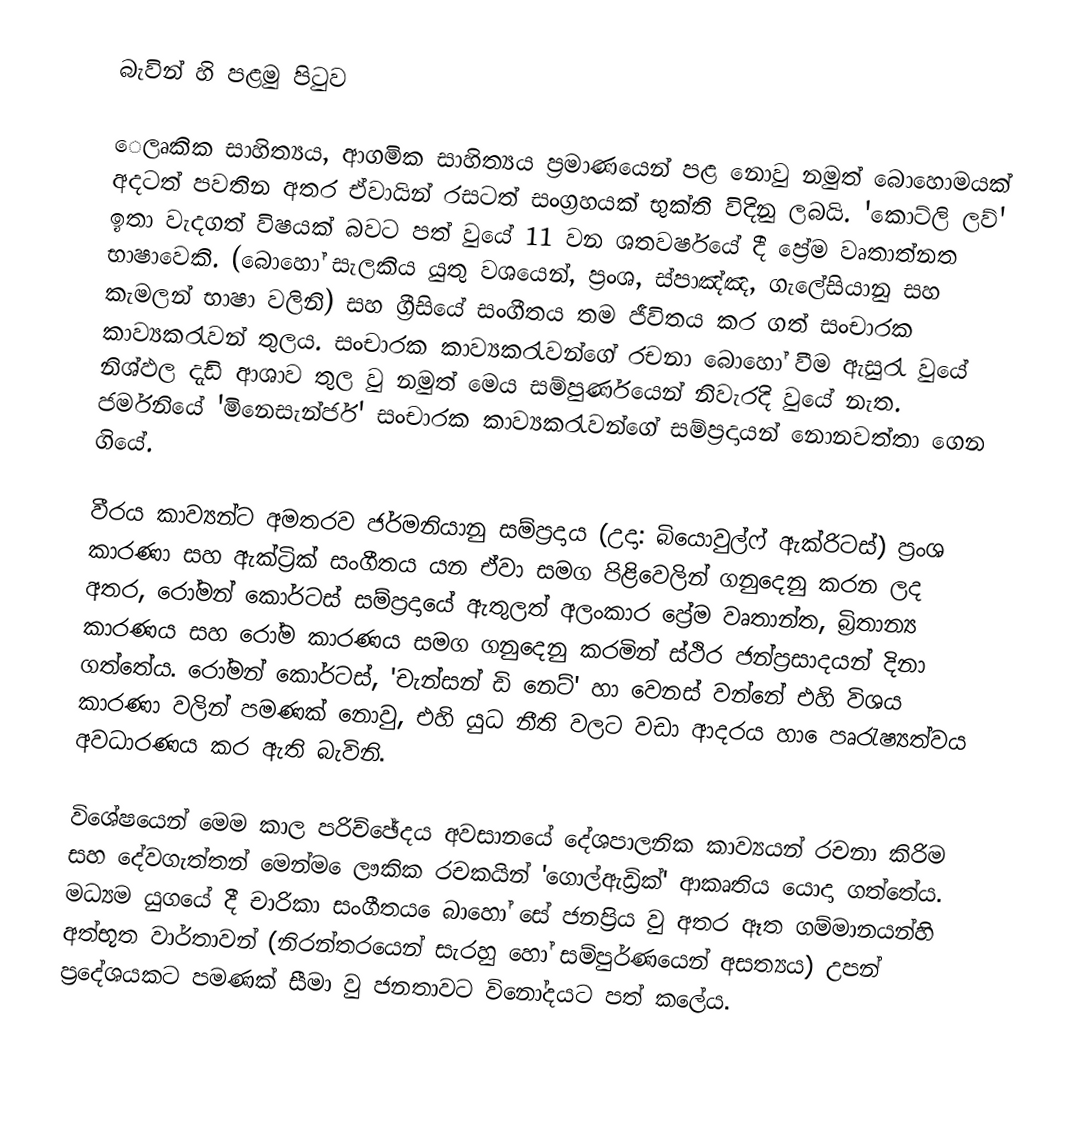
බැවින් හි පළමු පිටුව

‍ෙලෘකික සාහිත්‍යය, ආගමික සාහිත්‍යය ප්‍රමාණයෙන් පළ නොවු නමුත් බොහොමයක් අදටත් පවතින අතර ඒවායින් රසටත් සංග්‍රහයක් භුක්ති විදිනු ලබයි. 'කොට්ලි ලව්' ඉතා වැදගත් විෂයක් බවට පත් වුයේ 11 වන ශතවර්ෂයේ දී ප්‍රේම වෘතාත්නත භා‍ෂාවෙකි. (බොහෝ සැලකිය යුතු වශයෙන්, ප්‍රංශ, ස්පාඤ්ඤ, ගැලේසියානු සහ කැමලන් භාෂා වලිනි) සහ ග්‍රීසියේ සංගීතය තම ජීවිතය කර ගත් සංචාරක කාව්‍යකරැවන් තුලය. සංචාරක කාව්‍යකරැවන්ගේ රචනා බොහෝ වීම ඇසුරැ වුයේ නිශ්ඵල දැඩි ආශාව තුල වු නමුත් මෙය සම්පුර්ණයෙන් නිවැරදි වුයේ නැත. ජර්මනියේ 'මිනෙසැන්ජර්' සංචාරක කාව්‍යකරැවන්ගේ සම්ප්‍රදායන් නොනවත්තා‍ ගෙන ගියේ.

	වීරය කාව්‍යන්ට අමතරව ජර්මනියානු සම්ප්‍රදාය (උදා: බියොවුල්ෆ් ඇක්රිටස්) ප්‍රංශ කාරණා සහ ඇක්ට්‍රික් සංගීතය යන ඒවා සමග පිළිවෙලින් ගනුදෙනු කරන ලද අතර, රෝමන් කොර්ටස් සම්ප්‍රදායේ ඇතුලත් අලංකාර ප්‍රේම වෘතාන්ත, බ්‍රිතාන්‍ය කාරණය සහ රෝම කාරණය සමග ගනුදෙනු කරමින් ස්ථිර ජන්‍ප්‍රසාදයන් දිනා ගත්තේය. රෝමන් කොර්ටස්, 'චැන්සන් ඩි නෙට්' හා වෙනස් වන්නේ එහි විශය කාරණා වලින් පමණක් නොවු, එහි යුධ නීති වලට වඩා ආදරය හා ‍ෙපෘරැෂ්‍යත්වය අවධාරණය කර ඇති බැවිනි.

	විශේෂයෙන් මෙම කාල පරිච්ඡේදය අවසානයේ දේශපාලනික කාව්‍යයන් රචනා කිරිම සහ දේවගැත්තන් මෙන්ම ‍‍‍ෙලෟකික රචකයින් 'ගොල්ඇඩ්‍රික්' ආකෘතිය යොදා ගත්තේය. මධ්‍යම යුගයේ දී චාරිකා සංගීතය ‍ෙ‍බාහෝ සේ ජනප්‍රිය වු අතර ඈත ගම්මානයන්හි අත්භූත වාර්තාවන් (නිරන්ත‍රයෙන් සැරහු හෝ සම්පුර්ණයෙන් අසත්‍යය) උපන් ප්‍රදේශයකට පමණක් සීමා වු ජනතාවට විනෝදයට පත් කලේය.